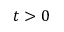
t > 0